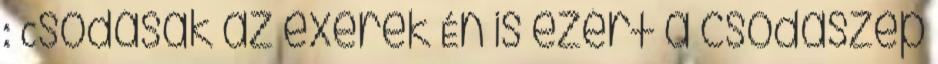
: Csodásak az éxerek Én is ezért a csodaszép